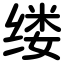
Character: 缕